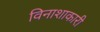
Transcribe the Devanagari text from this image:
विनाशाकारी